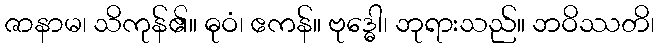
ဇာနာမ၊ သိကုန်၏။ ဓုဝံ၊ ဧကန်။ ဗုဒ္ဓေါ၊ ဘုရားသည်။ ဘဝိဿတိ၊